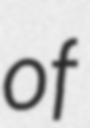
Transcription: of